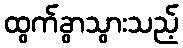
ထွက်ခွာသွားသည့်